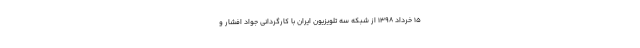
۱۵ خرداد ۱۳۹۸ از شبکه سه تلویزیون ایران با کارگردانی جواد افشار و